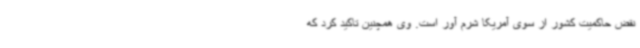
نقض حاکمیت کشور از سوی آمریکا شرم آور است. وی همچنین تاکید کرد که